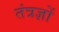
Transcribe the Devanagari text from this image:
तंत्रज्ञों